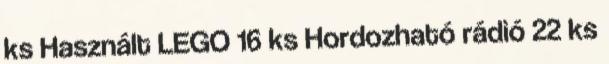
ks Használt LEGO 16 ks Hordozható rádió 22 ks